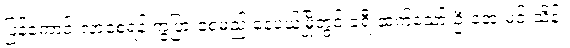
ပြန်ကောင်းလာစေရန် ကွဲပြားစေမည် နေပယ်မြို့တွင် ခရီးဆက်သော် ဦးအေးမင်းသိန်း